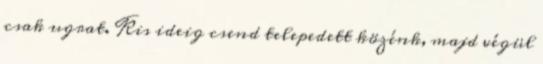
csak ugrat. Kis ideig csend telepedett közénk, majd végül